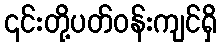
၎င်းတို့ပတ်ဝန်းကျင်ရှိ